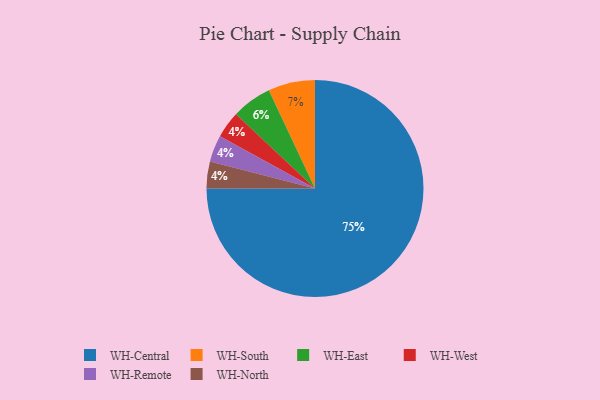
{"axis": {"x": "Category", "y": "Percentage"}, "legend": ["WH-Central", "WH-East", "WH-North", "WH-Remote", "WH-South", "WH-West"], "data": [{"x": "WH-East", "y": 6, "type": "WH-East"}, {"x": "WH-South", "y": 7, "type": "WH-South"}, {"x": "WH-West", "y": 4, "type": "WH-West"}, {"x": "WH-Remote", "y": 4, "type": "WH-Remote"}, {"x": "WH-North", "y": 4, "type": "WH-North"}, {"x": "WH-Central", "y": 75, "type": "WH-Central"}]}